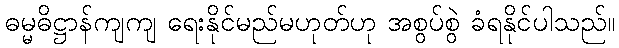
ဓမ္မဓိဋ္ဌာန်ကျကျ ရေးနိုင်မည်မဟုတ်ဟု အစွပ်စွဲ ခံရနိုင်ပါသည်။